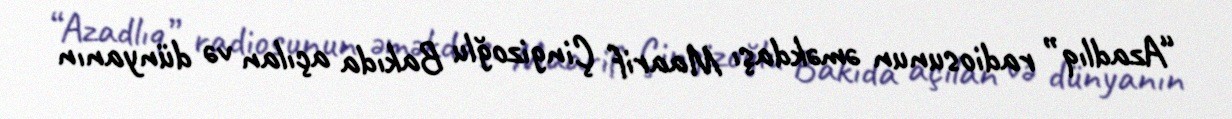
“Azadlıq” radiosunun əməkdaşı Maarif Çingizoğlu Bakıda açılan və dünyanın